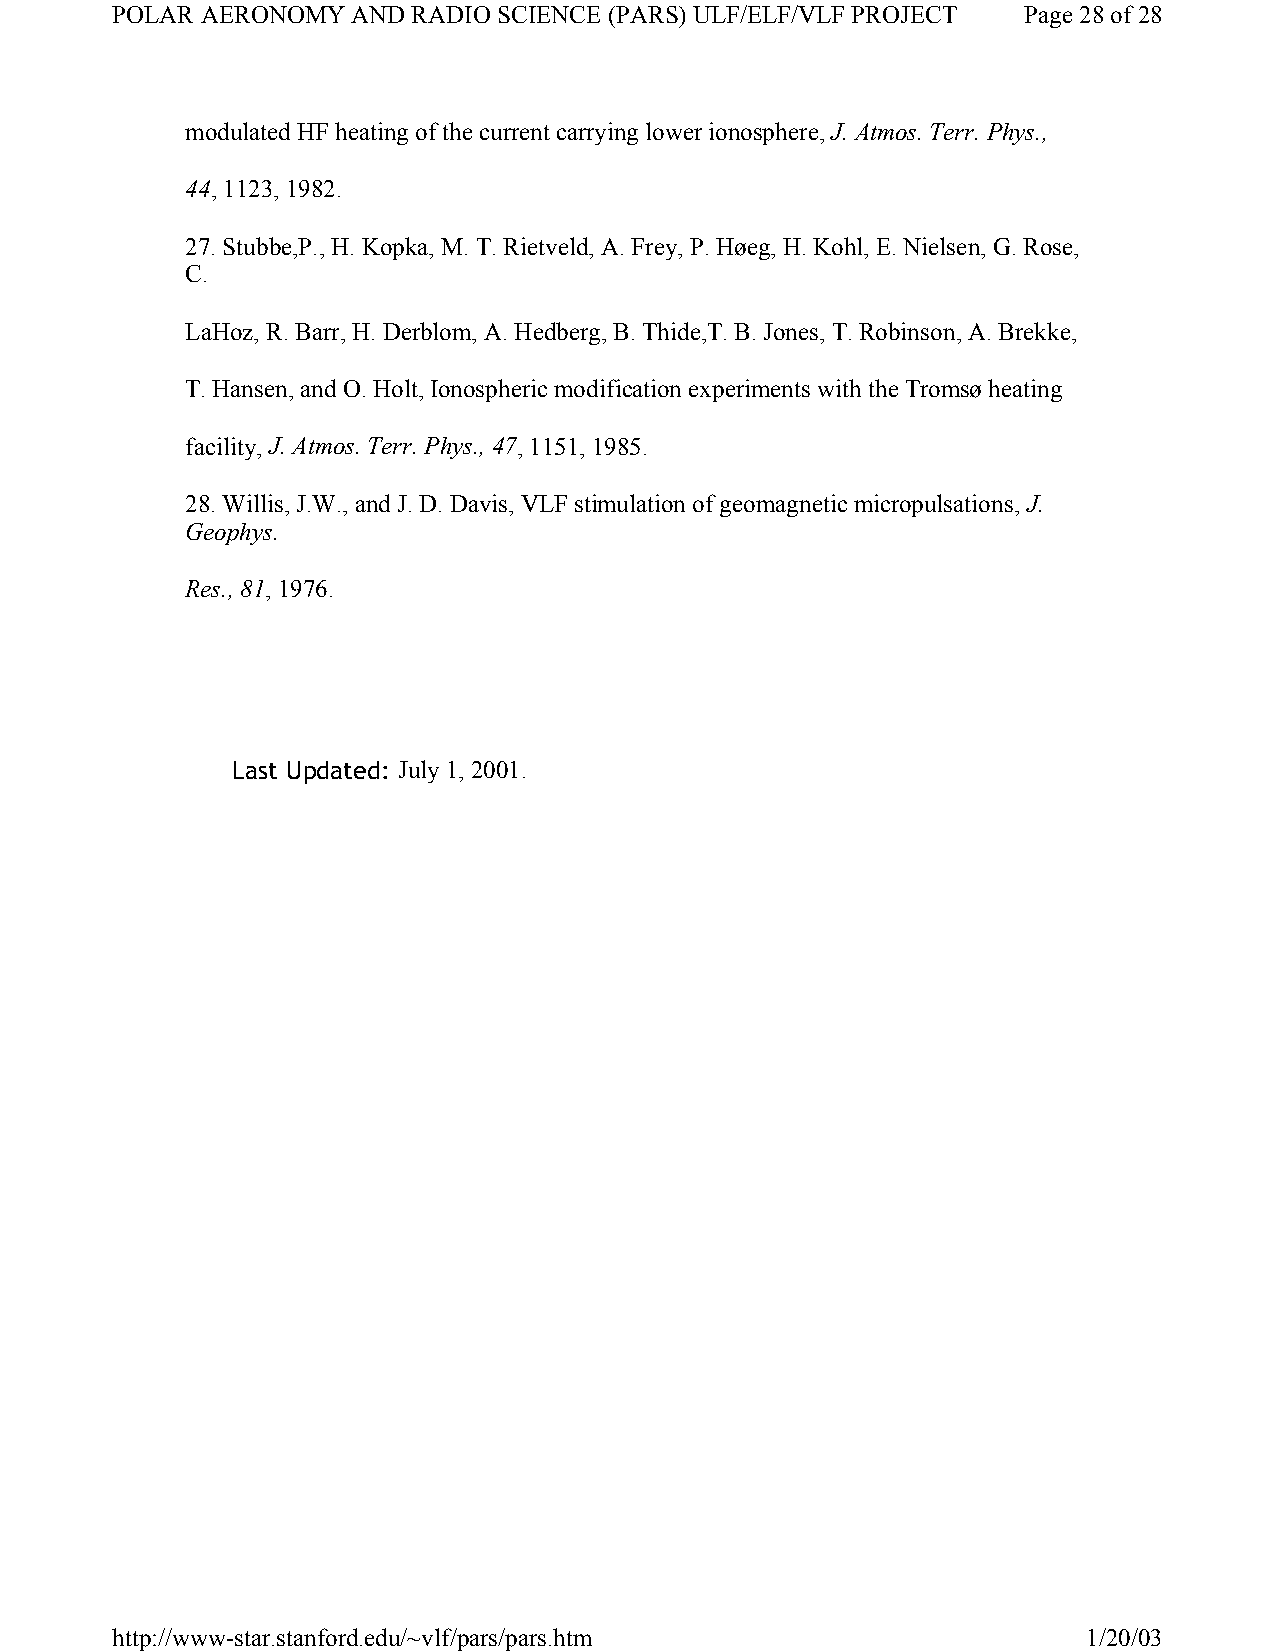
POLAR AERONOMY  AND RADIO SCIENCE (PARS) ULF/ELF/VLF PROJECT Page 28 of 28
 modulated HF heating of the current carrying lower ionosphere, J. Atmos. Terr. Phys.,
 44, 1123, 1982.
 27. Stubbe,P., H. Kopka, M. T. Rietveld, A. Frey, P. Høeg, H. Kohl, E. Nielsen, G. Rose,
 C.
 LaHoz, R. Barr, H. Derblom, A. Hedberg, B. Thide,T. B. Jones, T. Robinson, A. Brekke,
 T. Hansen, and O. Holt, Ionospheric modification experiments with the Tromsø heating
 facility, J. Atmos. Terr. Phys., 47, 1151, 1985.
 28. Willis, J.W., and J. D. Davis, VLF stimulation of geomagnetic micropulsations, J.
 Geophys.
 Res., 81, 1976.
 Last Updated: July 1, 2001.
 http://www-star.stanford.edu/~vlf/pars/pars.htm                  1/20/03